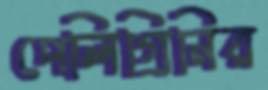
পেলিগ্রিনির